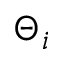
\Theta _ { i }